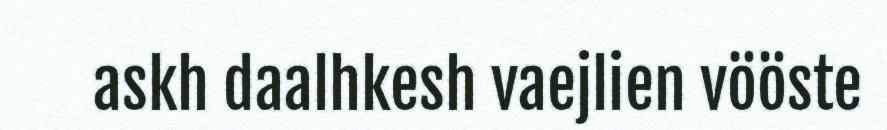
askh daalhkesh vaejlien vööste